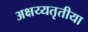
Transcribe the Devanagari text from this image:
अक्षय्यतृतीया